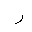
Letter: _ra